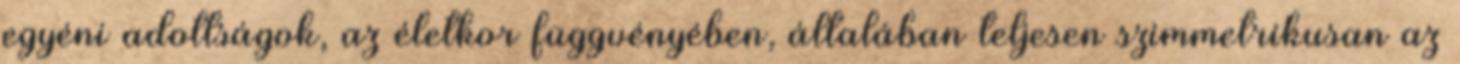
egyéni adottságok, az életkor függvényében, általában teljesen szimmetrikusan az